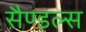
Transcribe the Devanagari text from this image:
सैण्डल्स